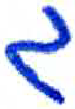
אות: ג